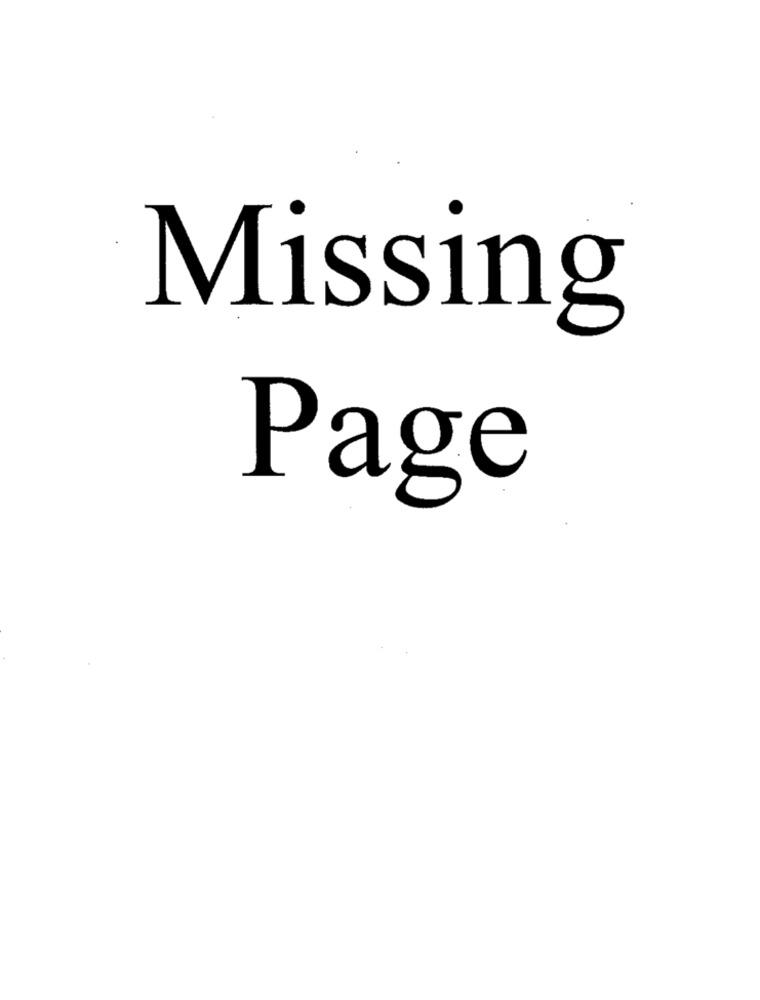
Missing
Page